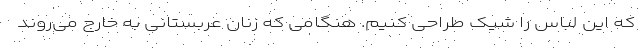
که این لباس را شیک طراحی کنیم. هنگامی که زنان عربستانی به خارج می‌روند